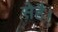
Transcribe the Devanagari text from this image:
सेहै।